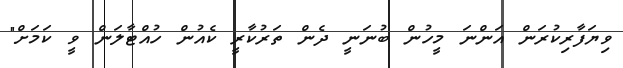
ވިޔަފާރިކުރަން އަންނަ މީހުން ބުނަނީ ދެން ތަރުކާރީ ކެއުން ހުއްޓާލަން ވީ ކަމަށް"